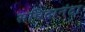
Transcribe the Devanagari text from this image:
सच्चिदानंदा